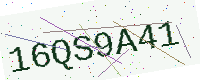
Text: 16QS9A41